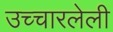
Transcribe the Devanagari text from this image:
उच्चारलेली